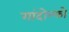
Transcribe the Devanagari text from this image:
गांदोल्फो